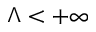
\Lambda < + \infty